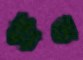
গ্রুভ